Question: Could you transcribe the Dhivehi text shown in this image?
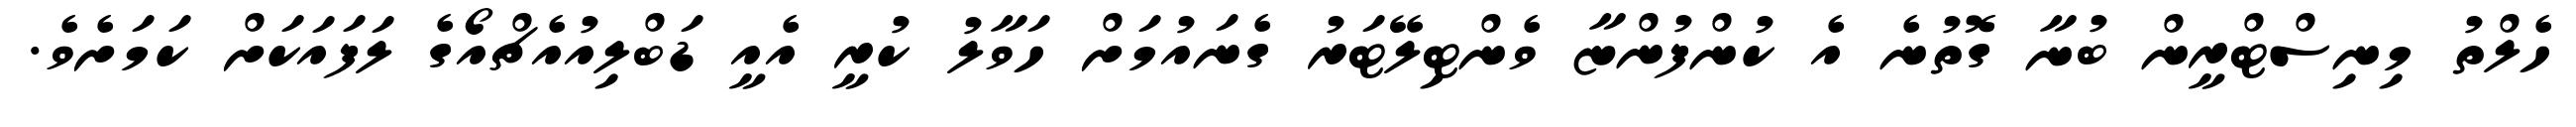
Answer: ހެލްތު މިނިސްޓްރީން ބުނާ ގޮތުނެ އެ ކުންފުންޏާ ވެންޓިލޭޓަރު ގެނައުމަށް ހަވާލު ކުރީ އެއީ ޑަބްލިއުއެޗްއޯގެ ލަފައަކަށް ކަމަށެވެ.